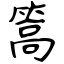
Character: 篙